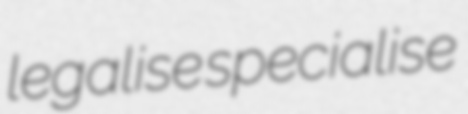
legalise specialise